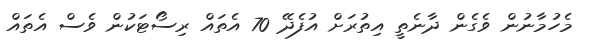
މެހުމާނުން ވެގެން ދާނެތީ އިތުރަށް އުފެދޭ 70 އެތައް ރިސޯޓަކުން ވެސް އެތައް